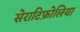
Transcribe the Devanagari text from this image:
सेराटिफ़ोलिया